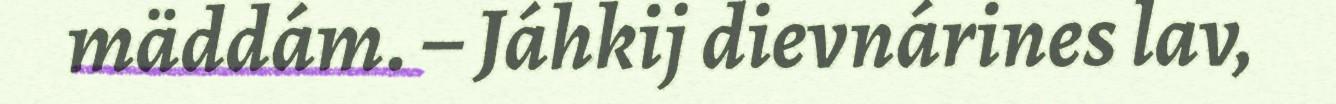
mäddám. – Jáhkij dievnárines lav,